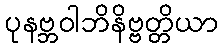
ပုနဗ္ဘဝါဘိနိဗ္ဗတ္တိယာ